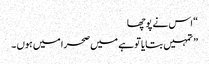
“ اس نے پوچھا
” تمہیں بتایا تو ہے میں صحرا میں ہوں ۔